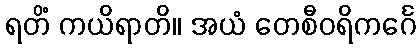
ရတိံ ကယိရာတိ။ အယံ တေစီဝရိကင်္ဂေ